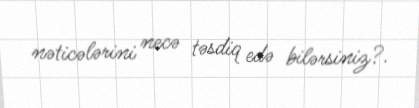
nəticələrini necə təsdiq edə bilərsiniz?.